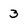
Character: 3